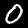
Label: 0